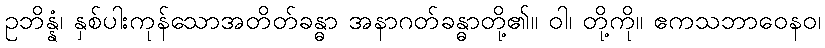
ဥဘိန္နံ၊ နှစ်ပါးကုန်သောအတိတ်ခန္ဓာ အနာဂတ်ခန္ဓာတို့၏။ ဝါ၊ တို့ကို။ ဧကသဘာဝေနဝ၊